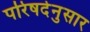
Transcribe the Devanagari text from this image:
परिषदेनुसार